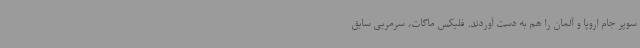
سوپر جام اروپا و آلمان را هم به دست آوردند. فلیکس ماگات، سرمربی سابق